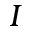
I